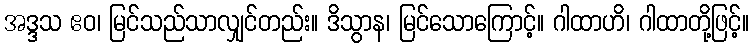
အဒ္ဒသ ဧဝ၊ မြင်သည်သာလျှင်တည်း။ ဒိသွာန၊ မြင်သောကြောင့်။ ဂါထာဟိ၊ ဂါထာတို့ဖြင့်။